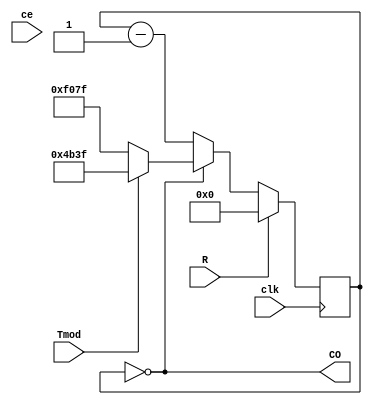
module Gen_ce1s(input clk, output wire CO,
                input ce,
                input R,
                input Tmod);

  parameter F50MHz = 50000000;
  parameter F10Hz  = 10;
	parameter F1Hz   = 1;

	reg  [15:0] cb_Nms = 0;
	wire [15:0] Nms = (Tmod ? F50MHz/F10Hz-1 : ((F50MHz/F1Hz)-1));

	assign CO = (cb_Nms == 0);
	always @(posedge clk) begin
		cb_Nms <= (R ? 0 : ((cb_Nms==0) ? Nms : cb_Nms-1));
	end

endmodule